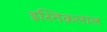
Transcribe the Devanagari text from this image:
इस्तिक़लाल